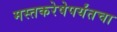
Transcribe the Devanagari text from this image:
मस्तकरेषेपर्यंतचा